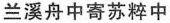
兰溪舟中寄苏粹中